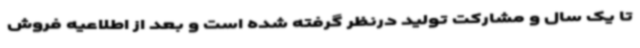
تا یک سال و مشارکت تولید درنظر گرفته شده است و بعد از اطلاعیه فروش